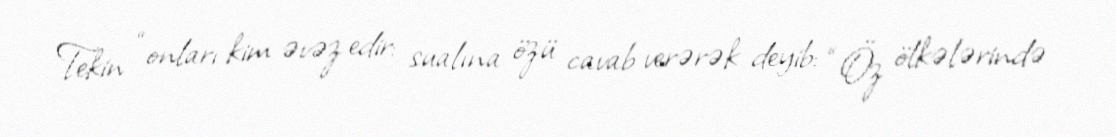
Tekin “onları kim əvəz edir: sualına özü cavab verərək deyib: “Öz ölkələrində